Report on vaccination in the Province of Bengal - 1869-1873
Year: 1869
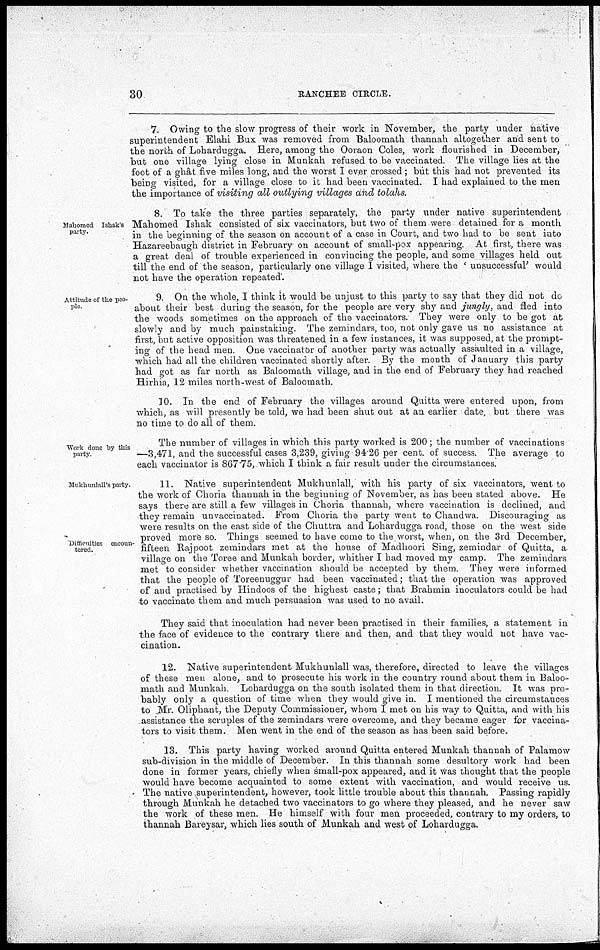
30
RANCHEE CIRCLE.
7. Owing to the slow progress of their work in November, the party under native
superintendent Elahi Bux was removed from Baloomath thannah altogether and sent to
the north of Lohardugga. Here, among the Ooraon Coles, work flourished in December,
but one village lying close in Munkah refused to be vaccinated. The village lies at the
foot of a ghât five miles long, and the worst I ever crossed ; but this had not prevented its
being visited, for a village close to it had been vaccinated. I had explained to the men
the importance of visiting all outlying villages and tolahs.
Mahomed Ishak's
party.
8. To take the three parties separately, the party under native superintendent
Mahomed Ishak consisted of six vaccinators, but two of them were detained for a month
in the beginning of the season on account of a case in Court, and two had to be sent into
Hazareebaugh district in February on account of small-pox appearing. At first, there was
a great deal of trouble experienced in convincing the people, and some villages held out
till the end of the season, particularly one village I visited, where the ' unsuccessful' would
not have the operation repeated'.
Attitude of the peo-
ple
9. On the whole, I think it would be unjust to this party to say that they did not do
about their best during the season, for the people are very shy and jungly, and fled into
the woods sometimes on the approach of the vaccinators. They were only to be got at
slowly and by much painstaking. The zemindars, too, not only gave us no assistance at
first, but active opposition was threatened in a few instances, it was supposed, at the prompt-
ing of the head men. One vaccinator of another party was actually assaulted in a village,
which had all the children vaccinated shortly after. By the month of January this party
had got as far north as Baloomath village, and in the end of February they had reached
Hirhra, 12 miles north-west of Baloomath.
10. In the end of February the villages around Quitta were entered upon, from
which, as will presently be told, we had been shut out at an earlier date, but there was
no time to do all of them.
Work done by this
party
The number of villages in which this party worked is 200; the number of vaccinations
—3,471, and the successful cases 3,239, giving-94.26 per cent. of success. The average to
each vaccinator is 867.75, which I think a fair result under the circumstances.
Mukhunlall's party.
Difficulties encoun-
tered.
11. Native superintendent Mukhunlall, with his party of six vaccinators, went to
the work of Choria thannah in the beginning of November, as has been stated above. He
says there are still a few villages in Choria thannah, where vaccination is declined, and
they remain unvaccinated. From Choria the party went to Chandwa. Discouraging as
were results on the east side of the Chuttra and Lohardugga road, those on the west side
proved more so. Things seemed to have come to the worst, when, on the 3rd December,
fifteen Rajpoot zemindars met at the house of Madhoori Sing, zemindar of Quitta, a
village on the Toree and Munkah border, whither I had moved my camp. The zemindars
met to consider whether vaccination should be accepted by them. They were informed
that the people of Toreenuggur had been vaccinated; that the operation was approved
of and practised by Hindoos of the highest caste; that Brahmin inoculators could be had
to vaccinate them and much persuasion was used to no avail.
They said that inoculation had never been practised in their families, a statement in
the face of evidence to the contrary there and then, and that they would not have vac-
cination.
12. Native superintendent Mukhunlall was, therefore, directed to leave the villages
of these men alone, and to prosecute his work in the country round about them in Baloo-
math and Munkah. Lohardugga on the south isolated them in that direction. It was pro-
bably only a question of time when they would give in. I mentioned the circumstances
to Mr. Oliphant, the Deputy Commissioner, whom I met on his way to Quitta, and with his
assistance the scruples of the zemindars were overcome, and they became eager for vaccina-
tors to visit them. Men went in the end of the season as has been said before.
13. This party having worked around Quitta entered Munkah thannah of Palamow
sub-division in the middle of December. In this thannah some desultory work had been
done in former years, chiefly when small-pox appeared, and it was thought that the people
would have become acquainted to some extent with vaccination, and would receive us.
The native superintendent, however, took little trouble about this thannah. Passing rapidly
through Munkah he detached two vaccinators to go where they pleased, and he never saw
the work of these men. He himself with four men proceeded, contrary to my orders, to
thannah Bareysar, which lies south of Munkah and west of Lohardugga.